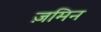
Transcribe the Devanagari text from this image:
ज़मिन